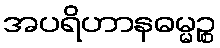
အပရိဟာနဓမ္မဉ္စ